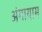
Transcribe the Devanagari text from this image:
अंगायाम